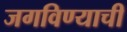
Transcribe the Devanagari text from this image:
जगविण्याची